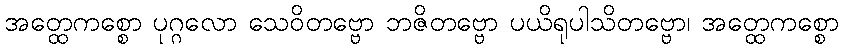
အတ္ထေကစ္စော ပုဂ္ဂလော သေဝိတဗ္ဗော ဘဇိတဗ္ဗော ပယိရုပါသိတဗ္ဗော၊ အတ္ထေကစ္စော